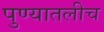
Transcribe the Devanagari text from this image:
पुण्यातलीच